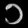
Digit: ၁